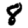
Digit: 8